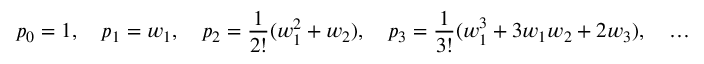
p _ { 0 } = 1 , \quad p _ { 1 } = w _ { 1 } , \quad p _ { 2 } = \frac 1 { 2 ! } ( w _ { 1 } ^ { 2 } + w _ { 2 } ) , \quad p _ { 3 } = \frac 1 { 3 ! } ( w _ { 1 } ^ { 3 } + 3 w _ { 1 } w _ { 2 } + 2 w _ { 3 } ) , \quad \ldots